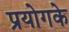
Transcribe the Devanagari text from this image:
प्रयोगके